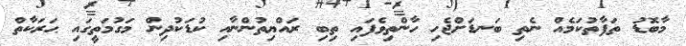
މާބޮޑު ތަފާތުކަމެއް ނެތި ބަނޑަށްޖެހި ހާންތިވެފައި ތިބި ރައްޔިތުންނާއި ކުޑަކުދިން މަގުމަތީގައި ޙަރަކާތް